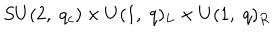
S U ( 2 , \; q _ { c } ) \times U ( 1 , \; q ) _ { L } \times U ( 1 , \; q ) _ { R }